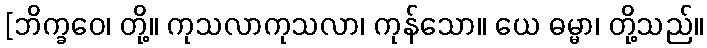
[ဘိက္ခဝေ၊ တို့။ ကုသလာကုသလာ၊ ကုန်သော။ ယေ ဓမ္မာ၊ တို့သည်။